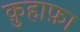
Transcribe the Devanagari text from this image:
क़ुहाफ़ा